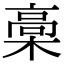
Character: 槀